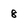
Character: 8